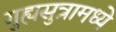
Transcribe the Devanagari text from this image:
गुह्यसुत्रामध्ये